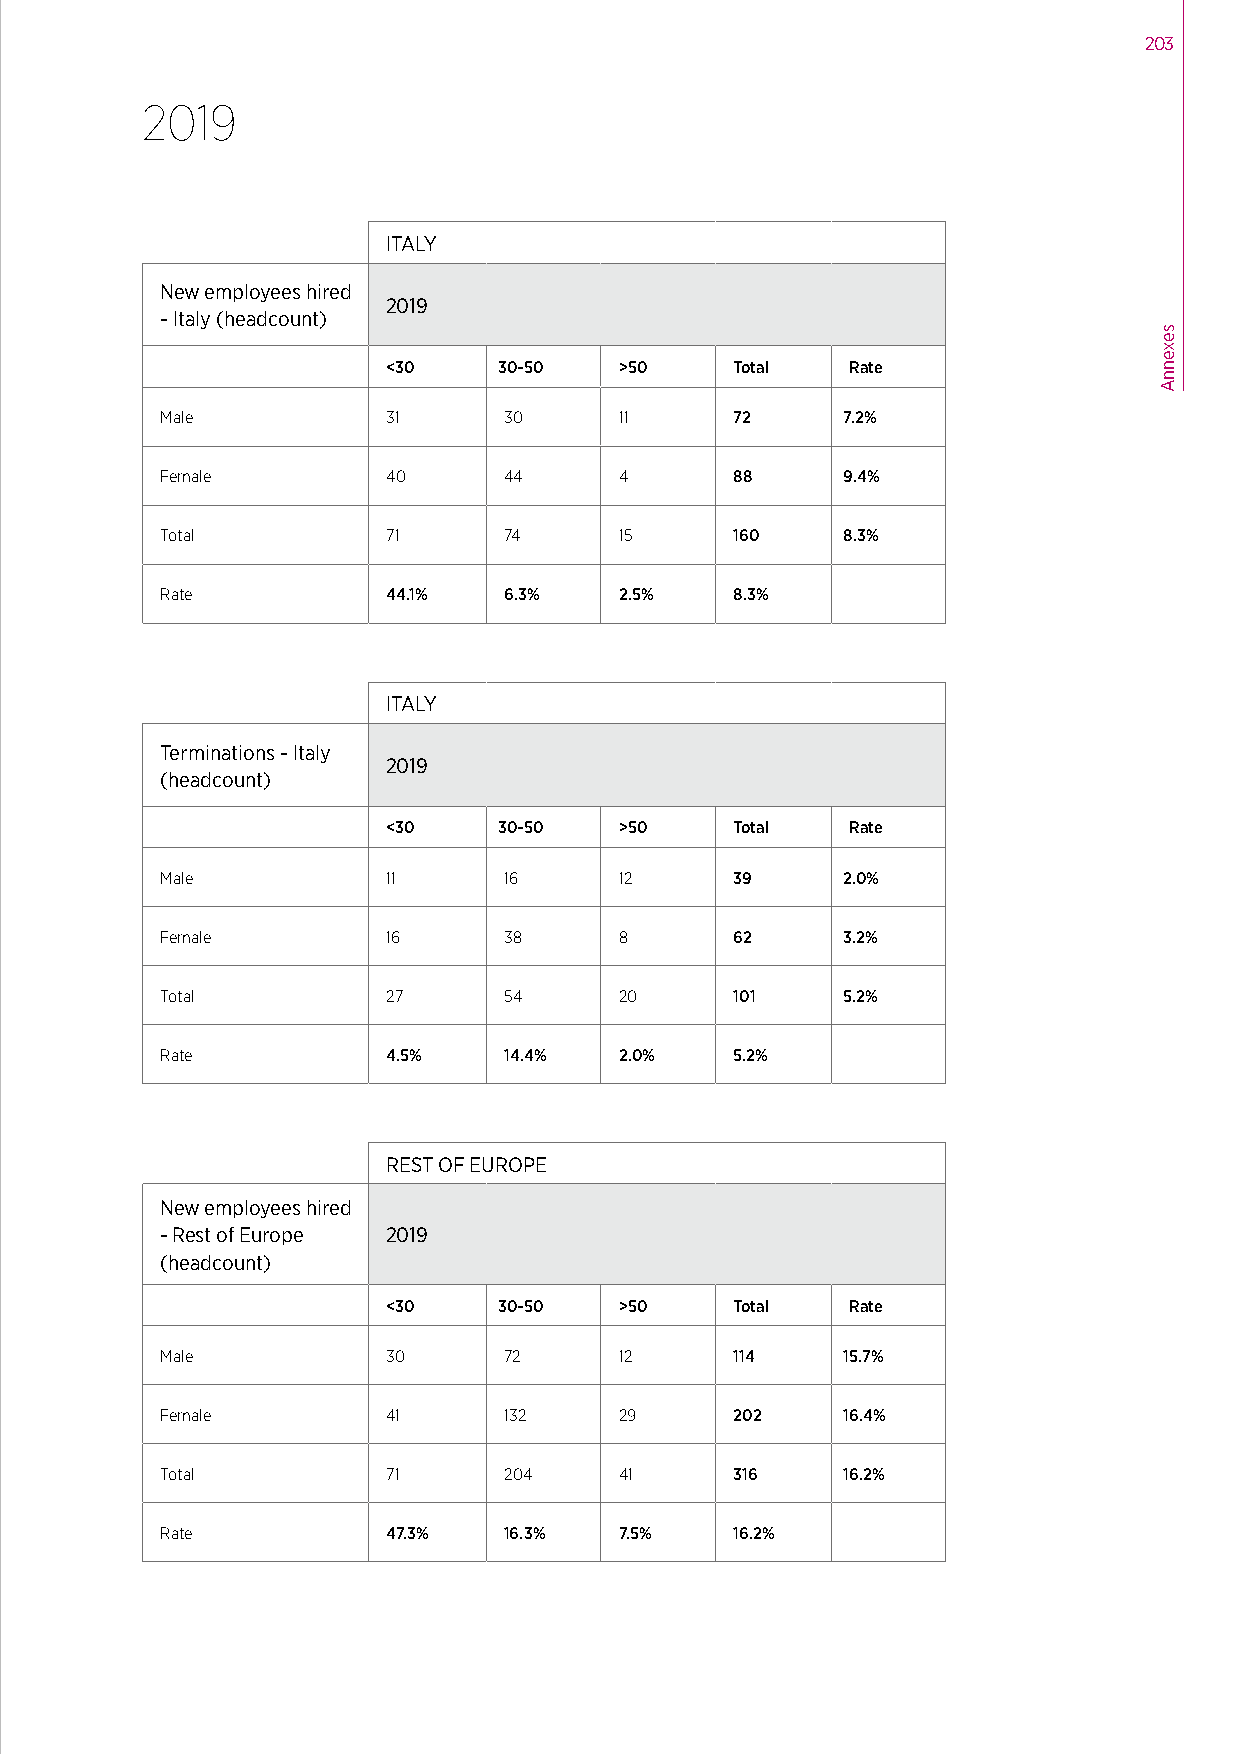
203
 2019
 ITALY
 New employees hired
 2019
 - Italy (headcount)
 <30    30-50   >50     Total  Rate
 Male           31     30      11      72     7.2%
 Female         40     44      4       88     9.4%
 Total          71     74      15      160    8.3%
 Rate           44.1%  6.3%    2.5%    8.3%
 ITALY
 Terminations - Italy
 2019
 (headcount)
 <30    30-50   >50     Total  Rate
 Male           11     16      12      39     2.0%
 Female         16     38      8       62     3.2%
 Total          27     54      20      101    5.2%
 Rate           4.5%   14.4%   2.0%    5.2%
 REST OF EUROPE
 New employees hired
 - Rest of Europe 2019
 (headcount)
 <30    30-50   >50     Total  Rate
 Male           30     72      12      114    15.7%
 Female         41     132     29      202    16.4%
 Total          71     204     41      316    16.2%
 Rate           47.3%  16.3%   7.5%    16.2%
 sexennA